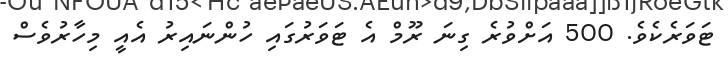
ޓަވަރެކެވެ. 500 އަށްވުރެ ގިނަ ރޫމް އެ ޓަވަރުގައި ހުންނައިރު އެއީ މިހާރުވެސް